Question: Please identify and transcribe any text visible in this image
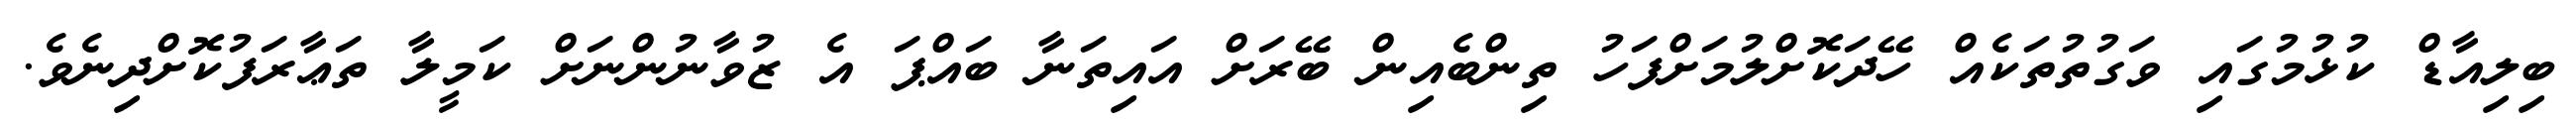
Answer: ބިލިއާޑް ކުޅުމުގައި ވަގުތުތަކެއް ހޭދަކޮށްލުމަށްފަހު ތިންބެއިން ބޭރަށް އައިތަނާ ބައްޕަ އެ ޒުވާނުންނަށް ކަމީލާ ތަޢާރަފުކޮށްދިނެވެ.